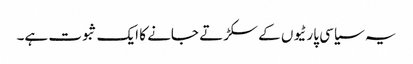
یہ سیاسی پارٹیوں کے سکڑتے جانے کا ایک ثبوت ہے۔